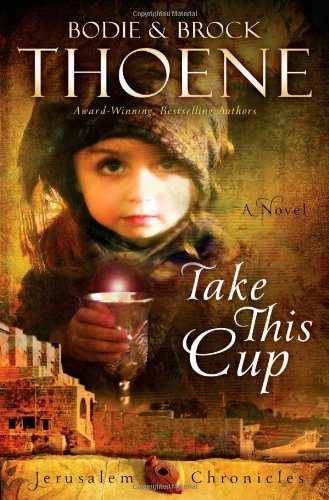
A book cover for Take This Cup (The Jerusalem Chronicles); Bodie and Brock Thoene; Literature & Fiction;